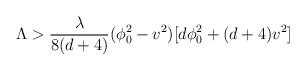
LaTeX: \begin{align*}\Lambda > {\lambda \over 8(d+4)} (\phi_0^2 -v^2) [d \phi_0^2 +(d+4)v^2]\end{align*}